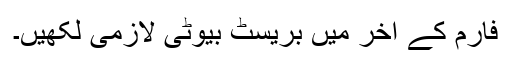
فارم کے آخر میں بریسٹ بیوٹی لازمی لکھیں۔